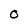
Character: o